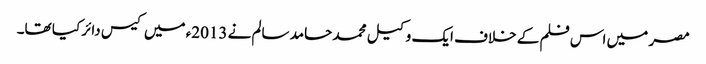
مصر میں اس فلم کے خلاف ایک وکیل محمد حامد سالم نے 2013ء میں کیس دائر کیا تھا۔